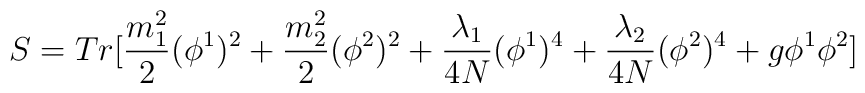
S = Tr[\frac{m_{1}^{2}}{2} (\phi^{1})^{2} + \frac{m_{2}^{2}}{2} (\phi^{2})^{2} + \frac{\lambda_{1}}{4N} (\phi^{1})^{4}+\frac{\lambda_{2}}{4N} (\phi^{2})^{4} + g \phi^{1}\phi^{2} ]